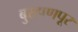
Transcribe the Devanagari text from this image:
बुरहाणपूर